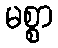
မစ္စာ